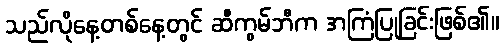
သည်လိုနေ့တစ်နေ့တွင် ဆီကွမ်ဘီက အကြံပြုခြင်းဖြစ်၏။